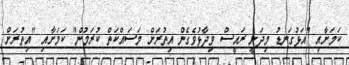
ކަމަށާއި "އަޅުގަނޑު މިދަނީ ރައީސް ވިދާޅުވެގެން އިތުރަށް މަސައްކަތް ކުރަމުން" ކަމަށާއި "އިތުރަށް